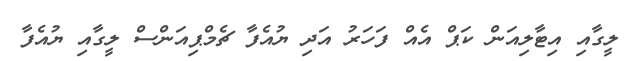
ލީގާއި އިޓާލިއަން ކަޕް އެއް ފަހަރު އަދި ޔުއެފާ ޗެމްޕިއަންސް ލީގާއި ޔުއެފާ